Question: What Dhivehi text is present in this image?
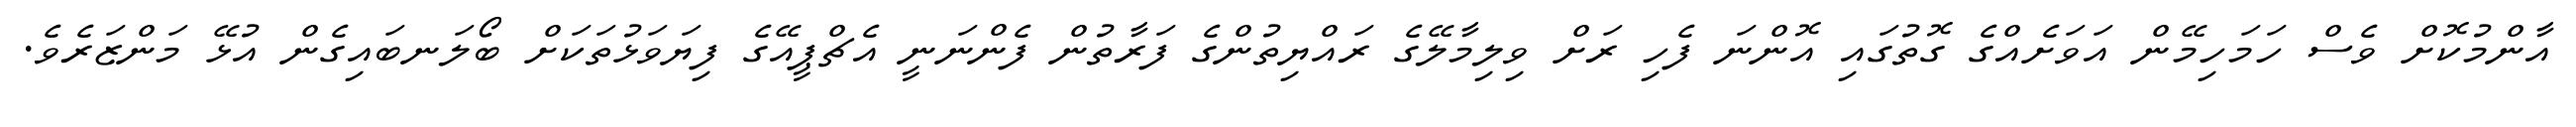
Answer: އާންމުކޮށް ވެސް ހަމަހިމޭން އަވަށެއްގެ ގޮތުގައި އޮންނަ ފެހި ރަށް ވިލިމާލޭގެ ރައްޔިތުންގެ ފަރާތުން ފެންނަނީ އެޗްޕީއޭގެ ފިޔަވަޅުތަކަށް ބޯލަނބައިގެން އުޅޭ މަންޒަރެވެ.